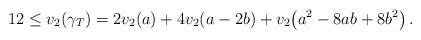
LaTeX: \begin{align*}12\leq v_{2}\!\left( \gamma_{T}\right) =2v_{2}\!\left( a\right)+4v_{2}\!\left( a-2b\right) +v_{2}\!\left( a^{2}-8ab+8b^{2}\right) .\end{align*}